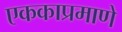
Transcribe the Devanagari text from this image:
एककाप्रमाणे